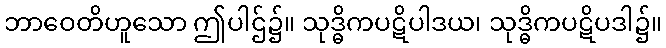
ဘာဝေတိဟူသော ဤပါဌ်၌။ သုဒ္ဓိကပဋိပါဒယ၊ သုဒ္ဓိကပဋိပဒါ၌။